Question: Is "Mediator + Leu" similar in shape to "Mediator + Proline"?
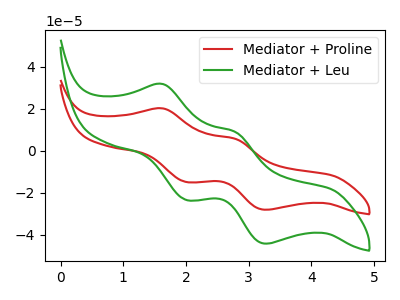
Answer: <think>The red curve "Mediator + Proline" has anodic peaks at (1.65V, 20.20uA) (2.80V, 5.70uA) and cathodic peaks at (2.00V, -14.90uA) (3.30V, -28.10uA). The green curve "Mediator + Leu" has anodic peaks at (1.65V, 31.85uA) (2.80V, 9.00uA) and cathodic peaks at (2.00V, -23.45uA) (3.30V, -44.25uA).
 All the peaks in "Mediator + Leu" have a peak in "Mediator + Proline" at the same potential. Every peak in "Mediator + Leu" is higher than every peak in "Mediator + Proline".</think>
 <answer>"Mediator + Leu" and "Mediator + Proline" are similar in shape.</answer>
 <eval>same_shape</eval>